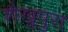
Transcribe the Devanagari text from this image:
शैखुपुरा